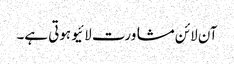
آن لائن مشاورت لائیو ہوتی ہے۔